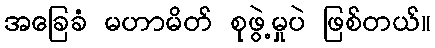
အခြေခံ မဟာမိတ် စုဖွဲ့မှုပဲ ဖြစ်တယ်။